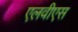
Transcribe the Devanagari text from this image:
एलवीएस